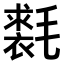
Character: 𣰐